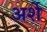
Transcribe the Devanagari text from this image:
अर्शे